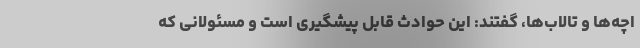
اچه‌ها و تالاب‌ها، گفتند: این حوادث قابل پیشگیری است و مسئولانی که